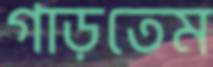
গাড়তেম